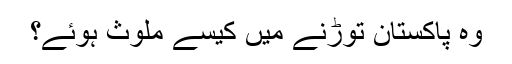
وہ پاکستان توڑنے میں کیسے ملوث ہوئے؟